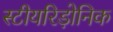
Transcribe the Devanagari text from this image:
स्टीयरिड़ोनिक